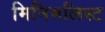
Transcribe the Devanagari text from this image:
मिनिमलिस्ट